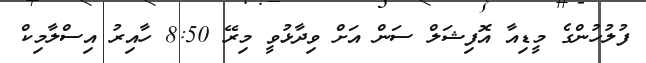
ފުލުހުންގެ މީޑިއާ އޮފިޝަލް ސަން އަށް ވިދާޅުވީ މިރޭ 8:50 ހާއިރު އިސްލާމިކް